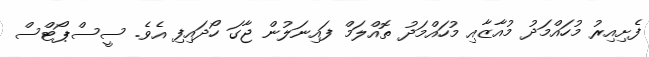
ފެށިއިރު މުހައްމަދު މުއާޒާއި މުހައްމަދު ތޮއްލަމް ފައިނަލުން ޖާގަ ހޯދައިފި އެވެ. ސީސްޕޯޓްސް